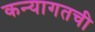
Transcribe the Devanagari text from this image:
कन्यागतची